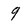
Character: 9